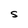
Character: S